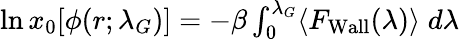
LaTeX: \begin{array}{r}{\ln x_{0}[\phi(r;\lambda_{G})]=-\beta\int_{0}^{\lambda_{G}}\langle F_{\mathrm{{Wall}}}(\lambda)\rangle\; d\lambda}\end{array}